Report on the bubonic plague in Bombay, 1896-1897
Year: 1896
Disease focus: Plague
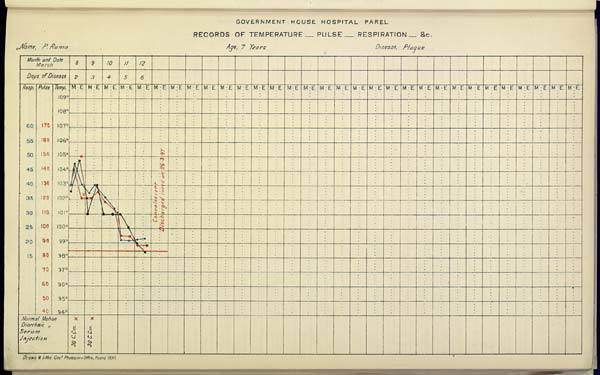
GOVERNMENT HOUSE HOSPITAL PAREL
RECORDS OF TEMPERATURE __ PULSE __ RESPIRATION __ &c.
Name,
P.
Rama
Age,
7
Years
Disease,
Plague
Drawn & Litho Gov t Photozinco, Office, Poona 1897.